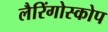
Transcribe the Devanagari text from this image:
लैरिंगोस्कोप